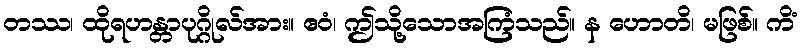
တဿ၊ ထိုရဟန္တာပုဂ္ဂိုလ်အား။ ဧဝံ၊ ဤသို့သောအကြံသည်။ န ဟောတိ၊ မဖြစ်။ ကိံ